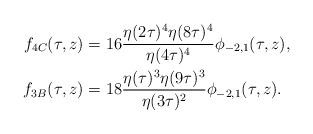
LaTeX: \begin{align*}f_{4C}(\tau,z)&=16\frac{\eta(2\tau)^4\eta(8\tau)^4}{\eta(4\tau)^4}\phi_{-2,1}(\tau,z),\\f_{3B}(\tau,z)&=18\frac{\eta(\tau)^3\eta(9\tau)^3}{\eta(3\tau)^2}\phi_{-2,1}(\tau,z).\end{align*}